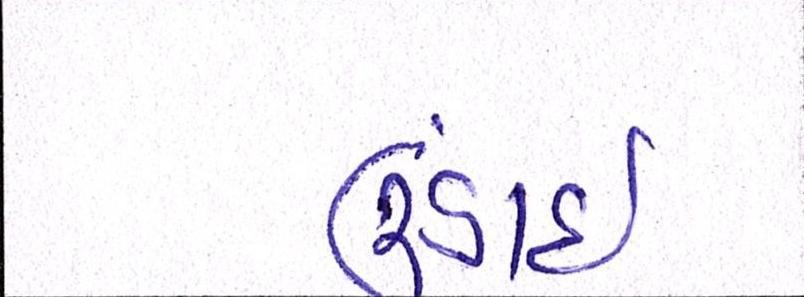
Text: ઉંડાઈ